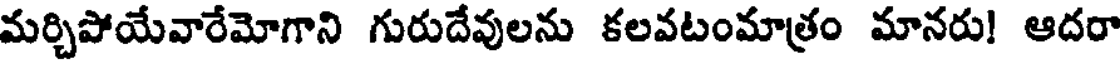
మర్చిపోయేవారేమోగాని గురుదేవులను కలవటంమాత్రం మానరు! ఆదరా